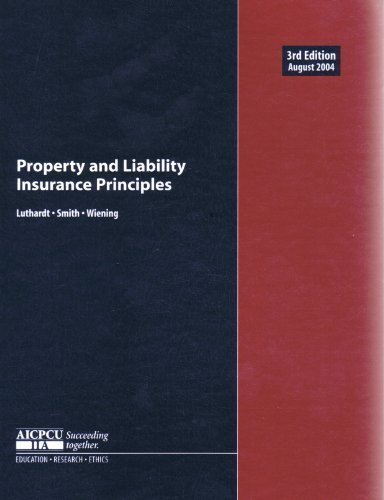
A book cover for Property and  Liability Insurance Principles; Business & Money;